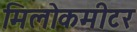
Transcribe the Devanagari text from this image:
मिलोकमीटर